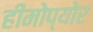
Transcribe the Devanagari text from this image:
हीमोप्योर